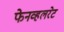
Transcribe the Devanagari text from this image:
फेनव्हलरेट